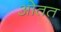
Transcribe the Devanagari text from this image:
ओतत